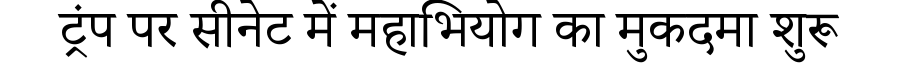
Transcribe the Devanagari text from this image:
ट्रंप पर सीनेट में महाभियोग का मुकदमा शुरू